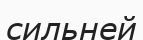
сильней